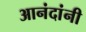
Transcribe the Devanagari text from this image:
आनंदांनी